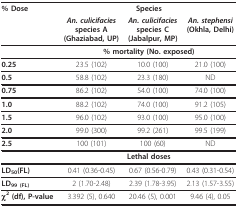
<table><thead><tr><td><b>% Dose</b></td><td colspan="3"><b>Species</b></td></tr><tr><td></td><td><b><i>An. culicifacies</i>species A(Ghaziabad, UP)</b></td><td><b><i>An. culicifacies</i>species C(Jabalpur, MP)</b></td><td><b><i>An. stephensi </i>(Okhla, Delhi)</b></td></tr></thead><tbody><tr><td></td><td colspan="3"><b>% mortality (No. exposed)</b></td></tr><tr><td><b>0.25</b></td><td>23.5 (102)</td><td>10.0 (100)</td><td>21.0 (100)</td></tr><tr><td><b>0.5</b></td><td>58.8 (102)</td><td>23.3 (180)</td><td>ND</td></tr><tr><td><b>0.75</b></td><td>86.2 (102)</td><td>54.0 (100)</td><td>74.0 (100)</td></tr><tr><td><b>1.0</b></td><td>88.2 (102)</td><td>74.0 (100)</td><td>91.2 (105)</td></tr><tr><td><b>1.5</b></td><td>96.0 (102)</td><td>93.0 (100)</td><td>95.0 (100)</td></tr><tr><td><b>2.0</b></td><td>99.0 (300)</td><td>99.2 (261)</td><td>99.5 (199)</td></tr><tr><td><b>2.5</b></td><td>100 (101)</td><td>100 (60)</td><td>ND</td></tr><tr><td></td><td colspan="3"><b>Lethal doses</b></td></tr><tr><td><b>LD</b><sub><b>50</b></sub><b>(FL)</b></td><td>0.41 (0.36-0.45)</td><td>0.67 (0.56-0.79)</td><td>0.43 (0.31-0.54)</td></tr><tr><td><b>LD</b><sub><b>99 (FL)</b></sub></td><td>2 (1.70-2.48)</td><td>2.39 (1.78-3.95)</td><td>2.13 (1.57-3.55)</td></tr><tr><td><b>χ</b><sup><b>2 </b></sup><b>(df), P-value</b></td><td>3.392 (5), 0.640</td><td>20.46 (5), 0.001</td><td>9.46 (4), 0.05</td></tr></tbody></table>